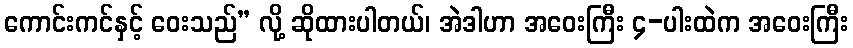
ကောင်းကင်နှင့် ဝေးသည်” လို့ ဆိုထားပါတယ်၊ အဲဒါဟာ အဝေးကြီး ၄-ပါးထဲက အဝေးကြီး